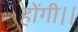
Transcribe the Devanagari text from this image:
होंगी।।